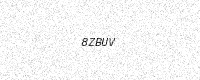
Text: 8ZBUV